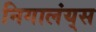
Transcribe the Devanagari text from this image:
निगालंय्‌स